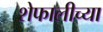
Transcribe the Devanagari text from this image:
शेफालीच्या